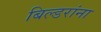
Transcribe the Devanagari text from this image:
बिल्डरांना